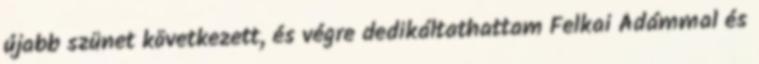
újabb szünet következett, és végre dedikáltathattam Felkai Ádámmal és